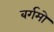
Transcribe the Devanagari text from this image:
बर्गमो